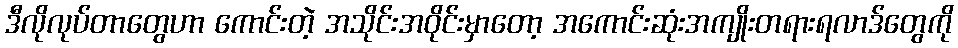
ဒီလိုလုပ်တာတွေဟာ ကောင်းတဲ့ အသိုင်းအဝိုင်းမှာတော့ အကောင်းဆုံးအကျိုးတရားရလာဒ်တွေကို